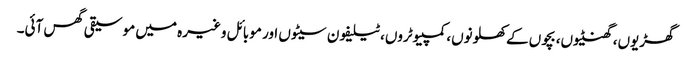
گھڑیوں، گھنٹیوں، بچوں کے کھلونوں، کمپیوٹروں، ٹیلیفون سیٹوں اور موبائل وغیرہ میں موسیقی گھس آئی۔